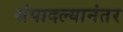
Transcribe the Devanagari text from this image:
संपादल्यानंतर